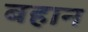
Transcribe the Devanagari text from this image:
बहान